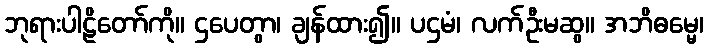
ဘုရားပါဠိတော်ကို။ ဌပေတွာ၊ ချန်ထား၍။ ပဌမံ၊ လက်ဦးမဆွ။ အဘိဓမ္မေ၊